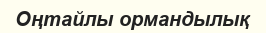
Оңтайлы ормандылық